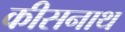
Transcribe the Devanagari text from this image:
कीसनाथ